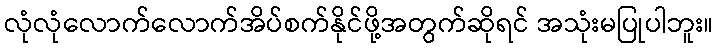
လုံလုံလောက်လောက်အိပ်စက်နိုင်ဖို့အတွက်ဆိုရင် အသုံးမပြုပါဘူး။